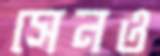
সেনও